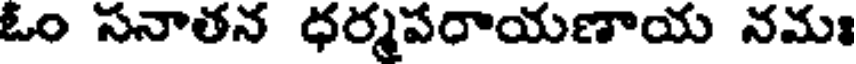
ఓం సనాతన ధర్మపరాయణాయ నమః